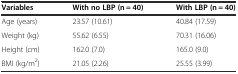
| Variables | With no LBP (n = 40) | With LBP (n = 40) |
 | --- | --- | --- |
 | Age (years) | 23.57 (10.61) | 40.84 (17.59) |
 | Weight (kg) | 55.62 (6.55) | 70.31 (16.06) |
 | Height (cm) | 162.0 (7.0) | 165.0 (9.0) |
 | BMI (kg/m2) | 21.05 (2.26) | 25.55 (3.99) |